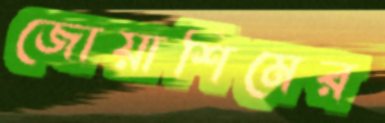
জোয়াশিমের